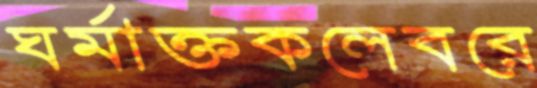
ঘর্মাক্তকলেবরে